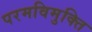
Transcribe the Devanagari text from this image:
परमविमुक्ति